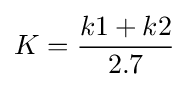
K={\frac {k1+k2}{2.7}}